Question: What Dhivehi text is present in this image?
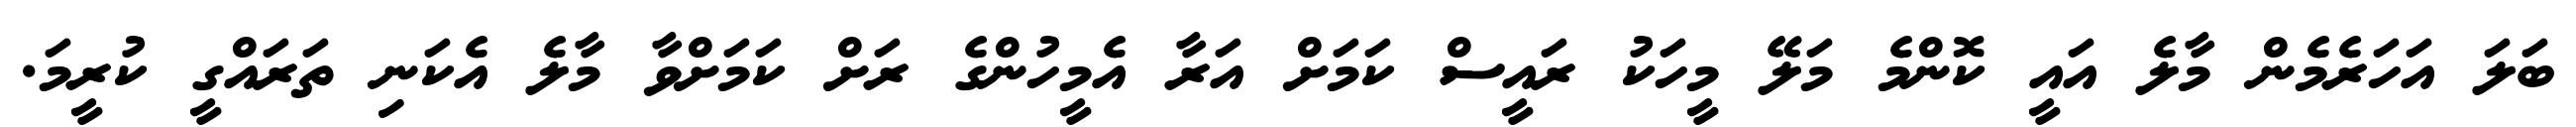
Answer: ބަލަ އަހަރެމެން މާލެ އައީ ކޮންމެ މަލޭ މީހަކު ރައީސް ކަމަށް އަރާ އެމީހުންގެ ރަށް ކަމަށްވާ މާލެ އެކަނި ތަރައްގީ ކުރީމަ.